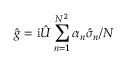
\hat { g } = \mathrm { i } \hat { U } \sum _ { n = 1 } ^ { N ^ { 2 } } \alpha _ { n } \hat { \sigma } _ { n } / N